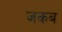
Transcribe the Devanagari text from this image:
जकब